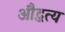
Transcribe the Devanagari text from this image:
औद्धत्य